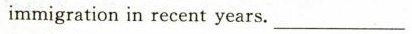
immigration in recent years.___